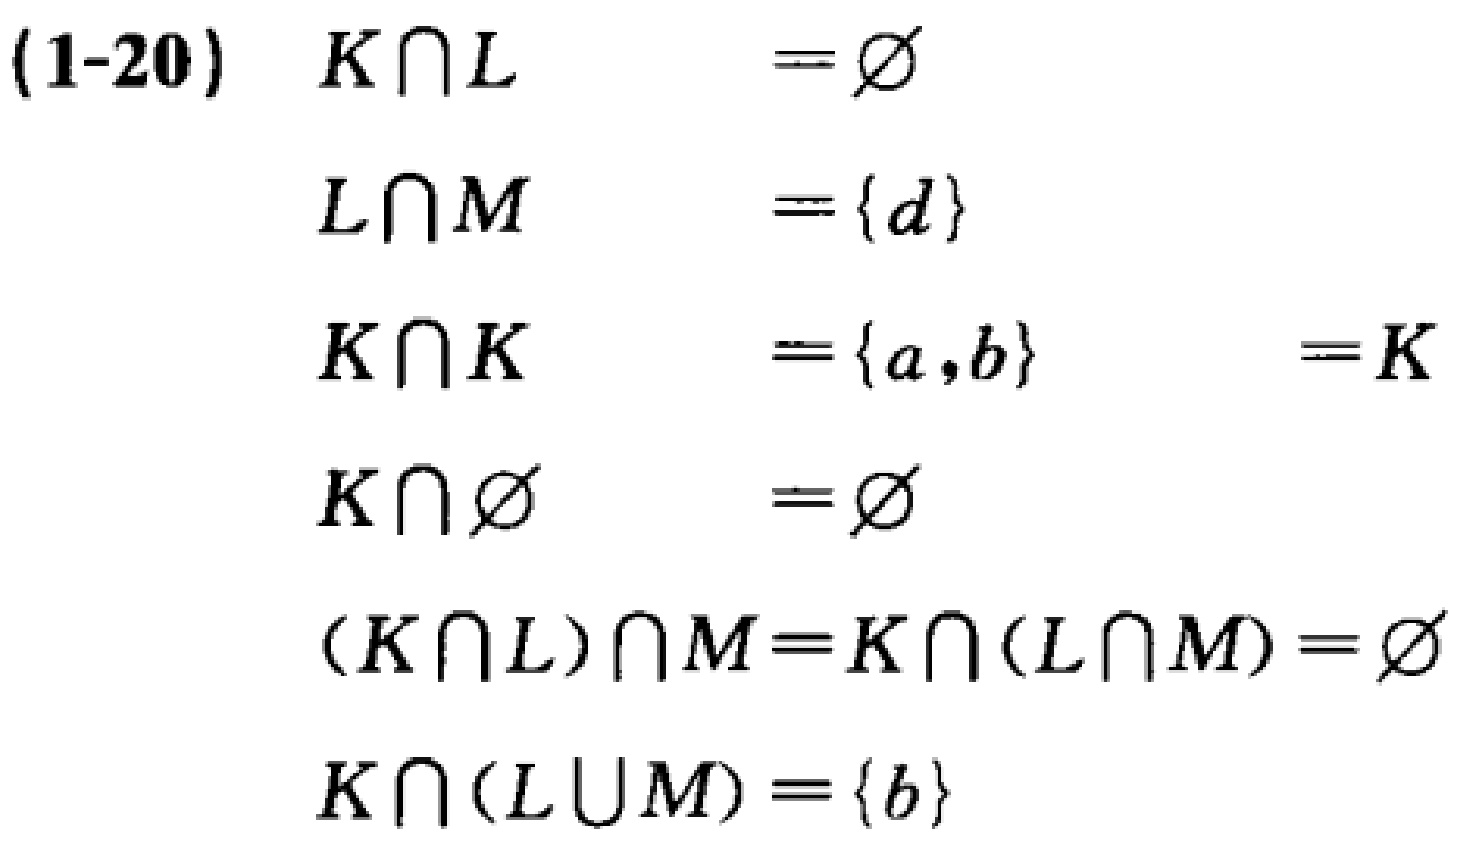
(1-20)
\[
\begin{align*}
K\cap L&=\varnothing\\
L\cap M&=\{d\}\\
K\cap K&=\{a,b\}=K\\
K\cap\varnothing&=\varnothing\\
(K\cap L)\cap M&=K\cap (L\cap M)=\varnothing\\
K\cap (L\cup M)&=\{b\}
\end{align*}
\]